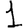
Digit: 1